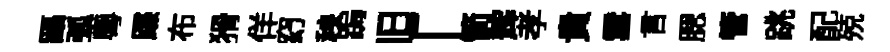
躡弧粤蹀布猾佯𥥆秧跼旧「箭辉孝貴雲言腮管跳配殑